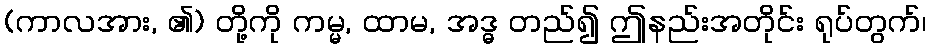
(ကာလအား, ၏) တို့ကို ကမ္မ, ထာမ, အဒ္ဓ တည်၍ ဤနည်းအတိုင်း ရုပ်တွက်၊